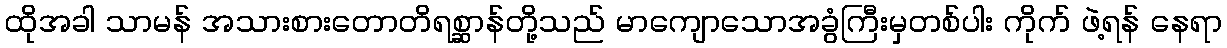
ထိုအခါ သာမန် အသားစားတောတိရစ္ဆာန်တို့သည် မာကျောသောအခွံကြီးမှတစ်ပါး ကိုက် ဖဲ့ရန် နေရာ